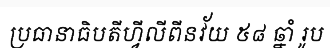
ប្រធានាធិបតីហ្វីលីពីនវ័យ ៥៨ ឆ្នាំ រូប